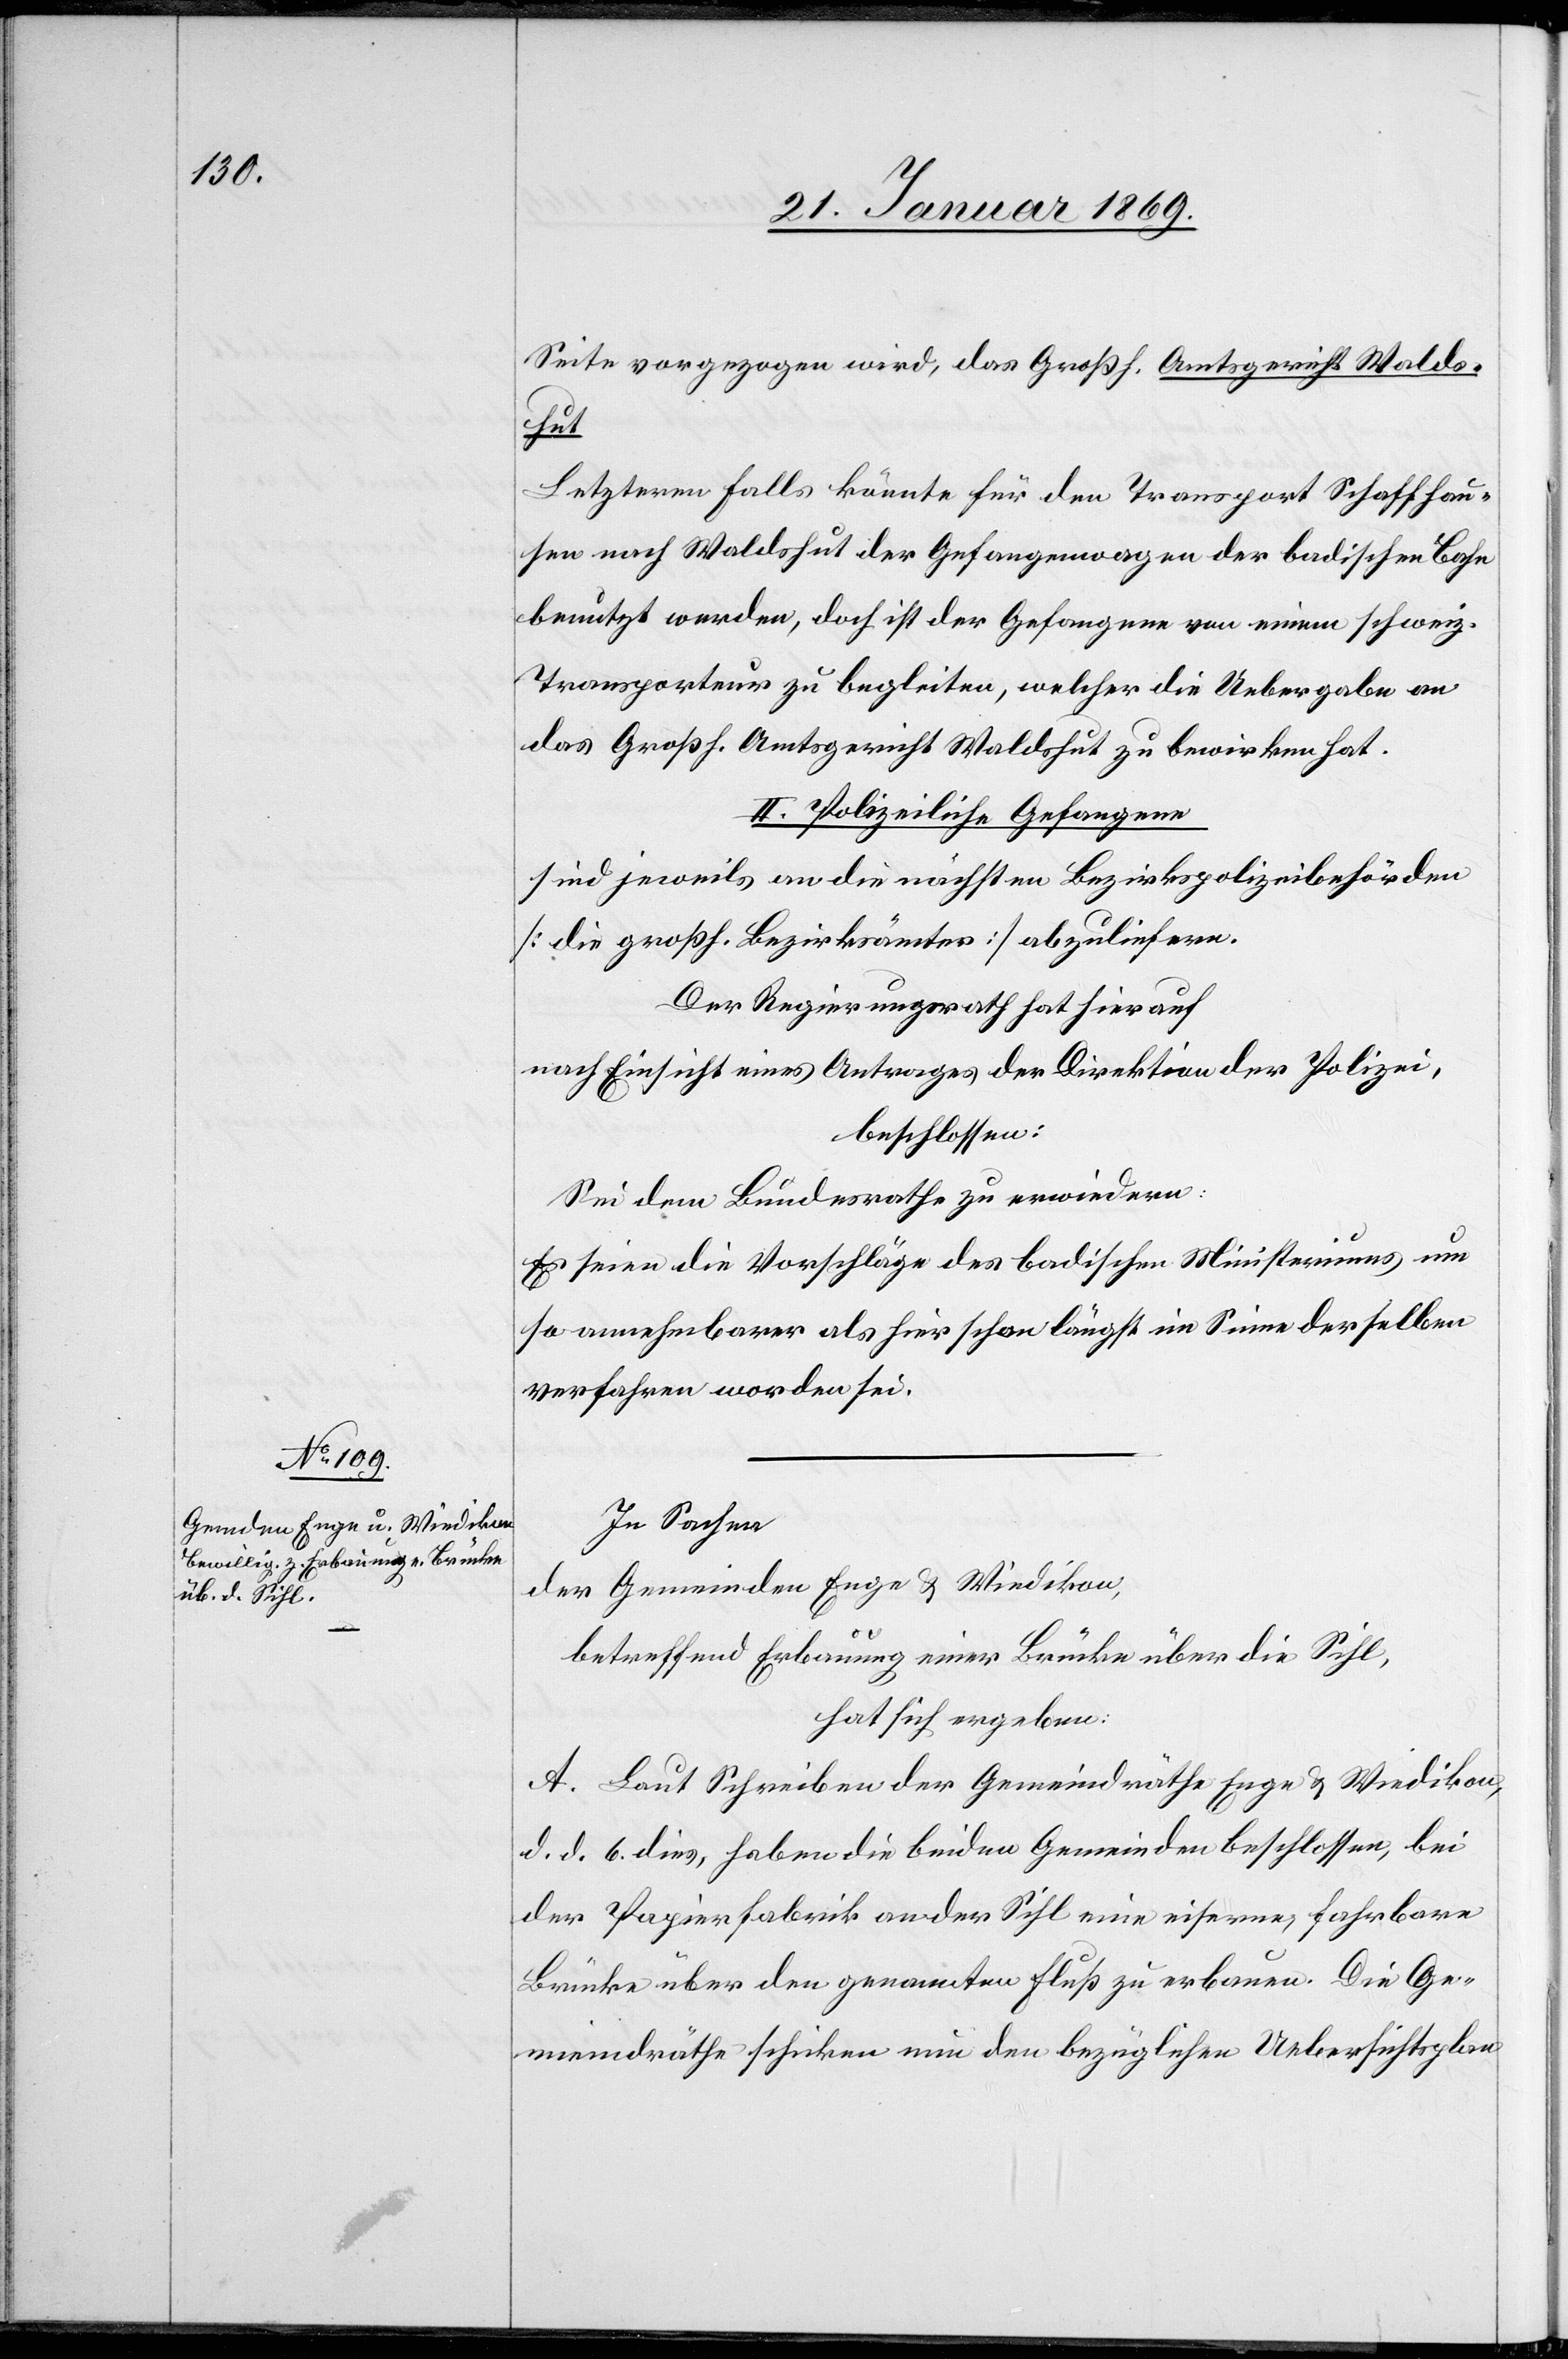
Seite vorgezogen wird, das Großh. Amtsgericht Walds¬
rischen
Letzteren Falls könnte für den Transport Schaffhau¬
sen nach Waldshut der Gefangenenwagen der badischen Bahn
benutzt werden, doch ist der Gefangene von einem schweize¬
Transporteur zu begleiten, welcher die Uebergabe an
das Großh. Amtsgericht Waldshut zu bewirken hat.
II. Polizeiliche Gefangene
sind jeweils an die nächsten Bezirksbehörden
[die großh. Bezirksämter] abzuliefern.
Der Regierungsrath hat hierauf,
nach Einsicht eines Antrages der Direktion der Polizei,
beschlossen:
Sei dem Bundesrathe zu erwiedern:
Es seien die Vorschläge des badischen Ministeriums um
so annehmbarer als hier schon längst im Sinne derselben
verfahren worden sei.
In Sachen
der Gemeinden Enge & Wiedikon,
betreffend Erbauung einer Brücke über die Sihl,
hat sich ergeben:
A. Laut Schreiben der Gemeindräthe Enge & Wiedikon,
d. d. 6. dies, haben die beiden Gemeinden beschlossen, bei
der Papierfabrik an der Sihl eine eiserne, fahrbare
Brücke über den genannten Fluß zu erbauen. Die Ge¬
meindräthe schicken nun den bezüglichen Uebersichtsplan